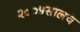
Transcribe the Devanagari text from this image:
२००५सालचे